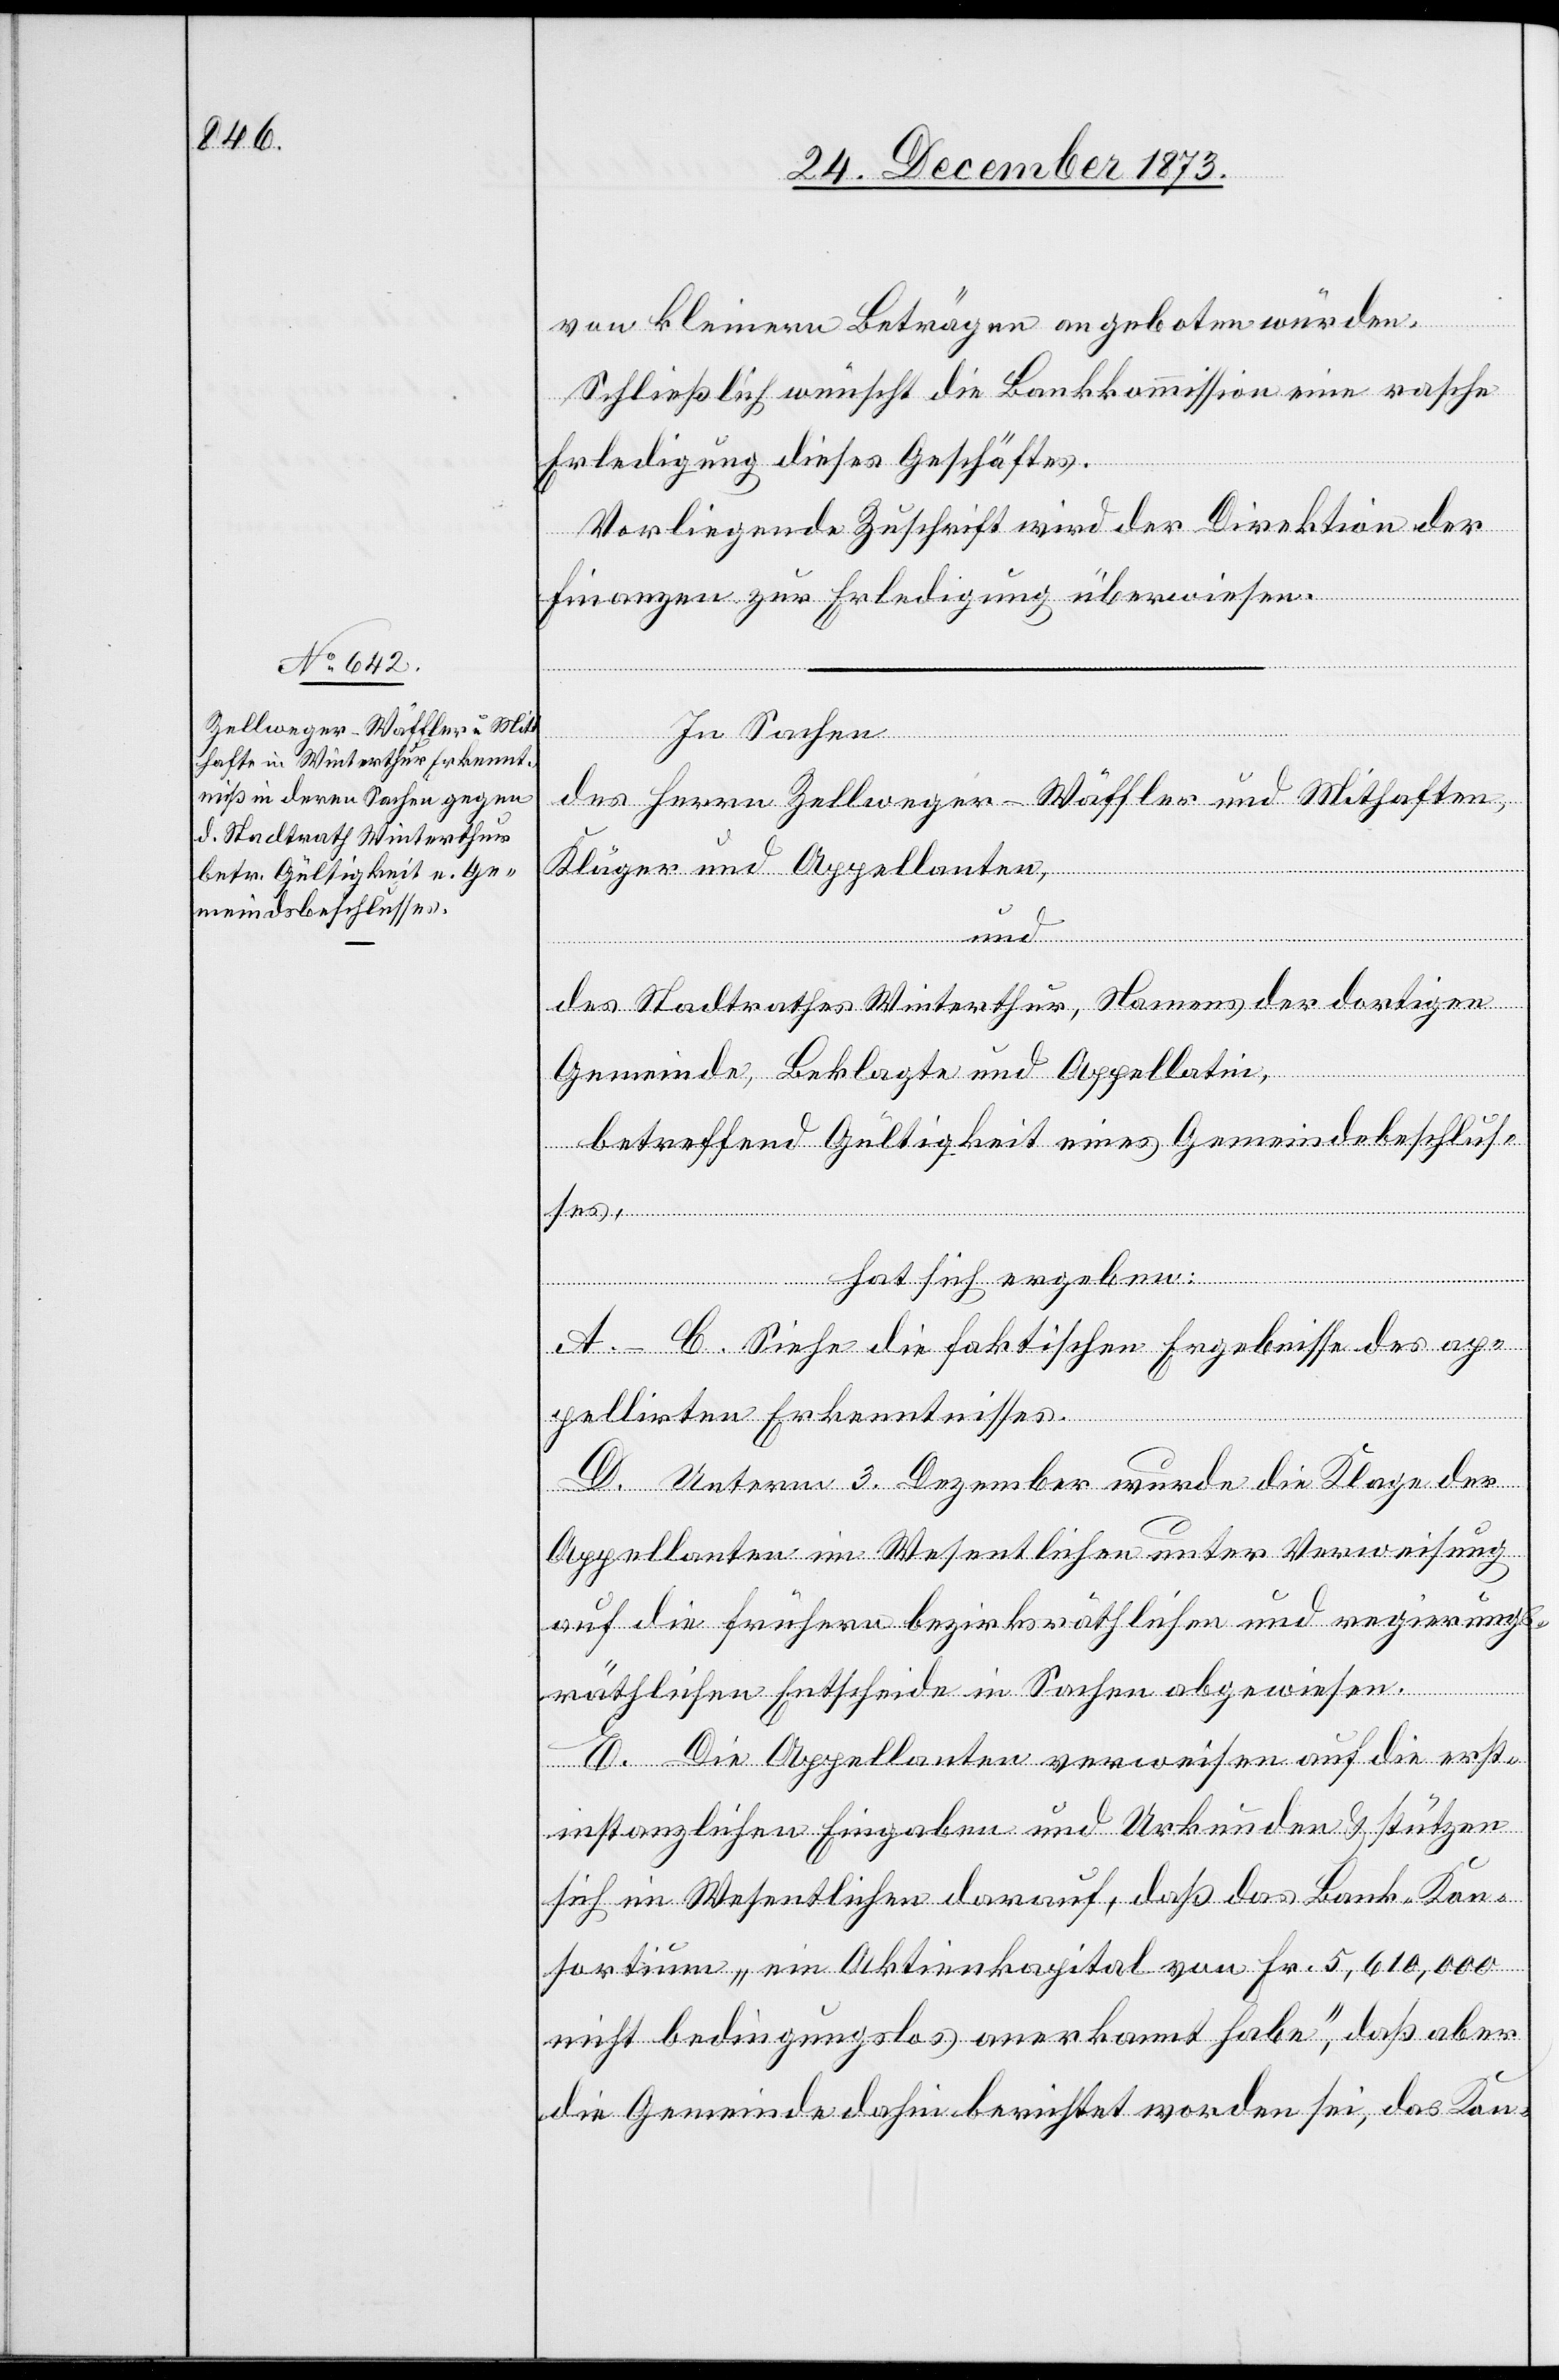
von kleinern Beträgen angeboten würden.
Schließlich wünscht die Bankkommission eine rasche
Erledigung dieses Geschäftes.
Vorliegende Zuschrift wird der Direktion der
Finanzen zur Erledigung überwiesen.
In Sachen
des Herrn Zellweger-Wäffler und Mithaften,
Kläger und Appellanten,
und
des Stadtrathes Winterthur, Namens der dortigen
Gemeinde, Beklagte und Appellatin,
betreffend Gültigkeit eines Gemeindebeschlus¬
hat sich ergeben:
A.–C. Siehe die faktischen Ergebnisse des ap¬
pellirten Erkenntnisses.
D. Unterm 3. Dezember wurde die Klage der
Appellanten im Wesentlichen unter Verweisung
auf die frühern bezirksräthlichen und regierungs¬
ses,
räthlichen Entscheide in Sachen abgewiesen.
E. Die Appellanten verweisen auf die erst¬
instanzlichen Eingaben und Urkunden & stützen
sich im Wesentlichen darauf, daß das Bank-Kon¬
sortium „ein Aktienkapital von Fr. 5,610,000
nicht bedingungslos anerkannt habe“, daß aber
die Gemeinde dahin berichtet worden sei, das Kon-